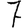
Digit: 7